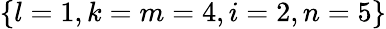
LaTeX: \left\{ l=1,k=m=4,i=2,n=5\right\}